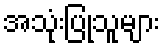
အသုံးပြုသူများ